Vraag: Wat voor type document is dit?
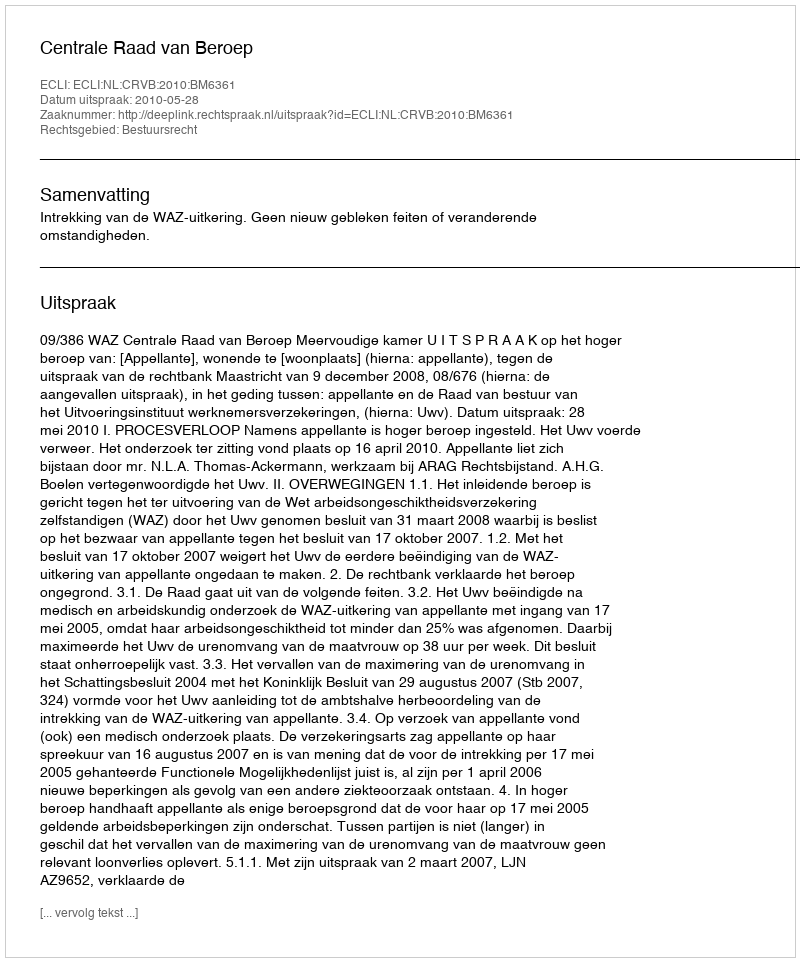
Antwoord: Uitspraak